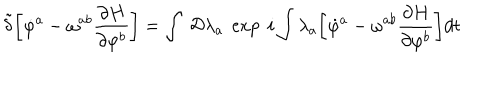
{ \tilde { \delta } } \biggl [ { \dot { \varphi } } ^ { a } - \omega ^ { a b } { \frac { \partial H } { \partial \varphi ^ { b } } } \biggr ] = \int ~ { \cal D } \lambda _ { a } ~ \exp ~ i \int \lambda _ { a } \biggl [ { \dot { \varphi } } ^ { a } - \omega ^ { a b } { \frac { \partial H } { \partial \varphi ^ { b } } } \biggr ] d t \nonumber